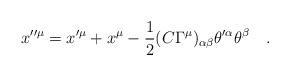
LaTeX: \begin{align*}x''^\mu = x'^\mu +x^\mu -{1 \over 2} (C \Gamma^\mu)_{\alpha\beta} \theta'^\alpha \theta^\beta\quad.\end{align*}